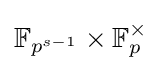
\mathbb {F} _{p^{s-1}}\times \mathbb {F} _{p}^{\times }